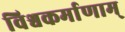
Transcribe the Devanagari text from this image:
विश्वकर्माणाम्